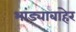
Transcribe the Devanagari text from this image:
भांड्याबाहेर